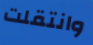
وانتقلت